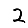
Digit: 2